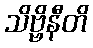
သိဗ္ဗိနီတိ